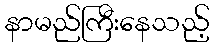
နာမည်ကြီးနေသည့်